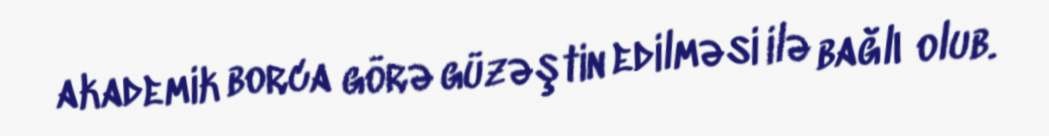
akademik borca görə güzəştin edilməsi ilə bağlı olub.